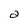
Character: a